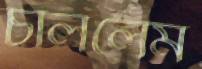
চাললেম